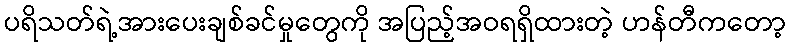
ပရိသတ်ရဲ့အားပေးချစ်ခင်မှုတွေကို အပြည့်အဝရရှိထားတဲ့ ဟန်တီကတော့